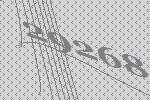
29268